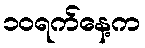
၁၀ရက်နေ့က